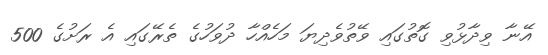
އޭނާ ވިދާޅުވި ގޮތުގައި ވޭތުވެދިޔަ މަހެއްހާ ދުވަހުގެ ތެރޭގައި އެ ރަށުގެ 500